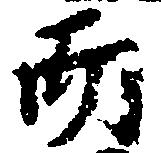
而